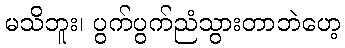
မသိဘူး၊ ပွက်ပွက်ညံသွားတာဘဲဟေ့